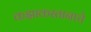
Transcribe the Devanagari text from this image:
कझाकस्तानाचे